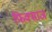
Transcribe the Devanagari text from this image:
फिक्साज